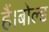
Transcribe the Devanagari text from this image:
हैं।बोल्ड